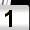
Digit: 1